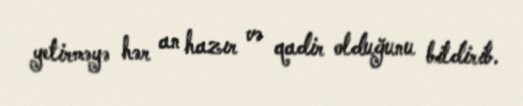
yetirməyə hər an hazır və qadir olduğunu bildirib.